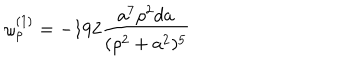
\omega _ { \rho } ^ { ( 1 ) } = - 1 9 2 { \frac { a ^ { 7 } \rho ^ { 2 } d a } { ( \rho ^ { 2 } + a ^ { 2 } ) ^ { 5 } } }